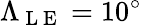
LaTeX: \Lambda_{\mathrm{~L~E~}}=10^{\circ}